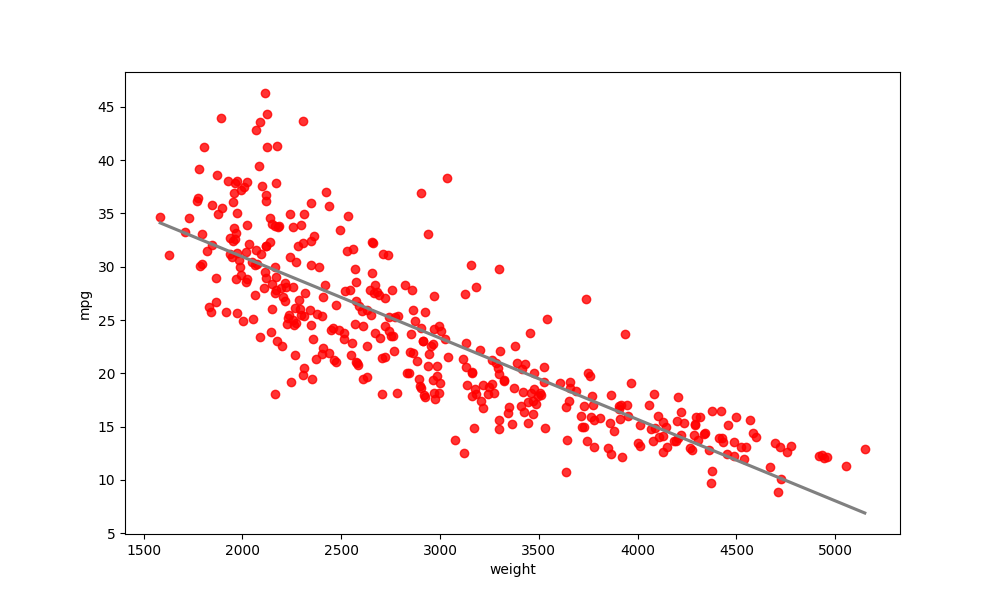
python, seaborn, regplot, order=1, ci=None, scatter_color=red, line_color=gray